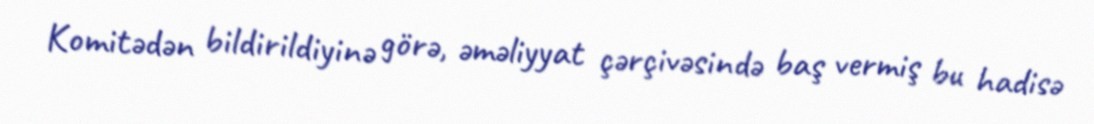
Komitədən bildirildiyinə görə, əməliyyat çərçivəsində baş vermiş bu hadisə